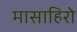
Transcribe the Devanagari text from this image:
मासाहिरो